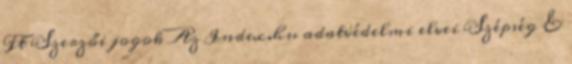
Ft Szerzői jogok Az Index.hu adatvédelmi elvei Szépség &